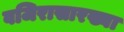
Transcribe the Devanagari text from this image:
वजिरासारख्या